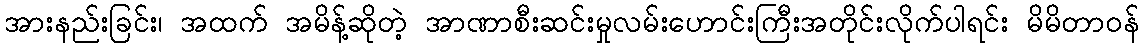
အားနည်းခြင်း၊ အထက် အမိန့်ဆိုတဲ့ အာဏာစီးဆင်းမှုလမ်းဟောင်းကြီးအတိုင်းလိုက်ပါရင်း မိမိတာဝန်